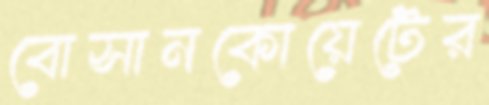
বোসানকোয়েটের